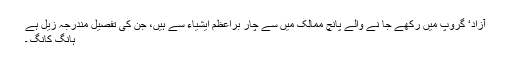
آزاد‘ گروپ میں رکھے جا نے والے پانچ ممالک میں سے چار براعظم ایشیاء سے ہیں، جن کی تفصیل مندرجہ زیل ہے
ہانگ کانگ ۔